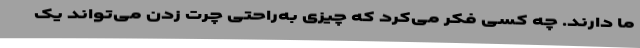
ما دارند. چه کسی فکر می‌کرد که چیزی به‌راحتی چرت زدن می‌تواند یک